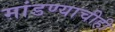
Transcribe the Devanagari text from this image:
मांडण्याचीही